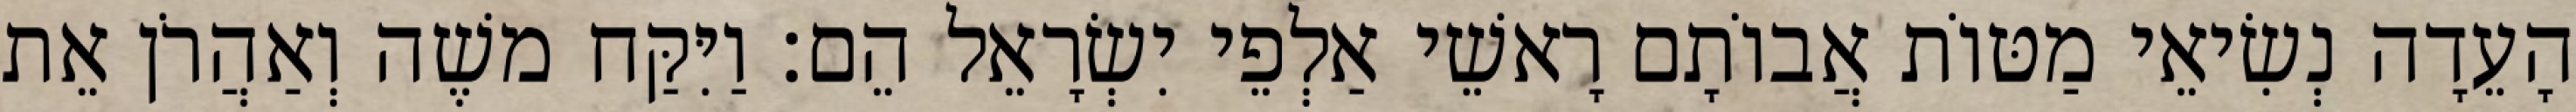
הָעֵדָה נְשִׂיאֵי מַטּוֹת אֲבוֹתָם רָאשֵׁי אַלְפֵי יִשְׂרָאֵל הֵם׃ וַיִּקַּח משֶׁה וְאַהֲרֹן אֵת